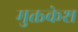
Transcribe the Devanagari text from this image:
मुक्तकेश